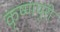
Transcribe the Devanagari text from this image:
कृष्णपुरी